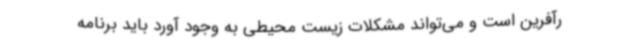
رآفرین است و می‌تواند مشکلات زیست محیطی به وجود آورد باید برنامه